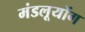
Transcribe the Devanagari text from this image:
मंडलूयोंग